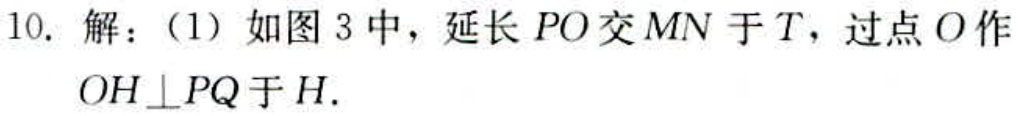
10. 解：（1）如图 3 中，延长 \(PO\) 交 \(MN\) 于 \(T\)，过点 \(O\) 作 \(OH\perp PQ\) 于 \(H\).